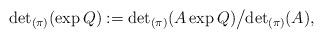
LaTeX: \begin{align*}{\det}_{(\pi)}(\exp Q):={\det}_{(\pi)}(A\exp Q)\big/{\det}_{(\pi)}(A),\end{align*}